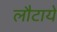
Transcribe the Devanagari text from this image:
लौटाये